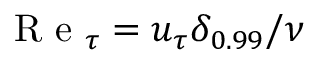
\mathrm { ~ R ~ e ~ } _ { \tau } = u _ { \tau } \delta _ { 0 . 9 9 } / \nu